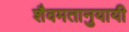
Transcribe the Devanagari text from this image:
शैवमतानुयायी